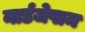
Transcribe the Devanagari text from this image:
नार्डजेपाम